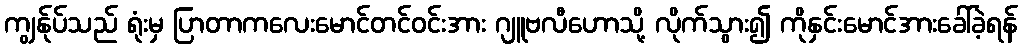
ကျွန်ုပ်သည် ရုံးမှ ပြာတာကလေးမောင်တင်ဝင်းအား ဂျူဗလီဟောသို့ လိုက်သွား၍ ကိုနှင်းမောင်အားခေါ်ခဲ့ရန်